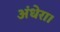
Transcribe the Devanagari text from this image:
अंधेरा।